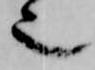
也